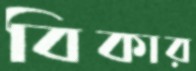
বিকার